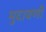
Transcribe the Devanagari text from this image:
मुदावणी